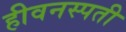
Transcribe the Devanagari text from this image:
हीवनस्पती